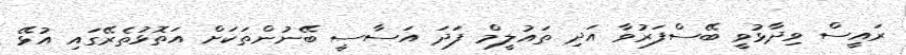
ރައީސް ވިދާޅުވީ ބޭސްފަރުވާ އަދި ތައުލީމް ފަދަ އަސާސީ ބޭނުންތަކަށް އަތޮޅުތެރޭގައި އުޅޭ